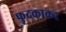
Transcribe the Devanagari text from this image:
फुदकाकर